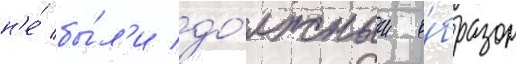
н'е́ бы́л'и до́лжным о́бразом